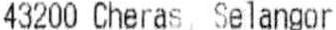
43200 CHERAS, SELANGOR